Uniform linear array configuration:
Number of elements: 4
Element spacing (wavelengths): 0.75
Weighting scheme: binomial
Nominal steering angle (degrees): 45
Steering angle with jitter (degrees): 43.995
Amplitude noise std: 0.05
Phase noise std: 0.05

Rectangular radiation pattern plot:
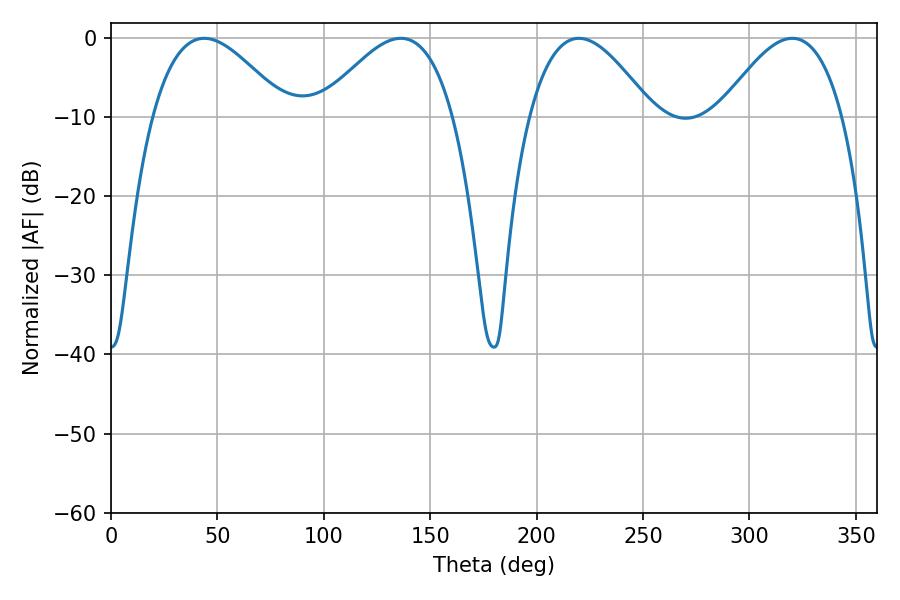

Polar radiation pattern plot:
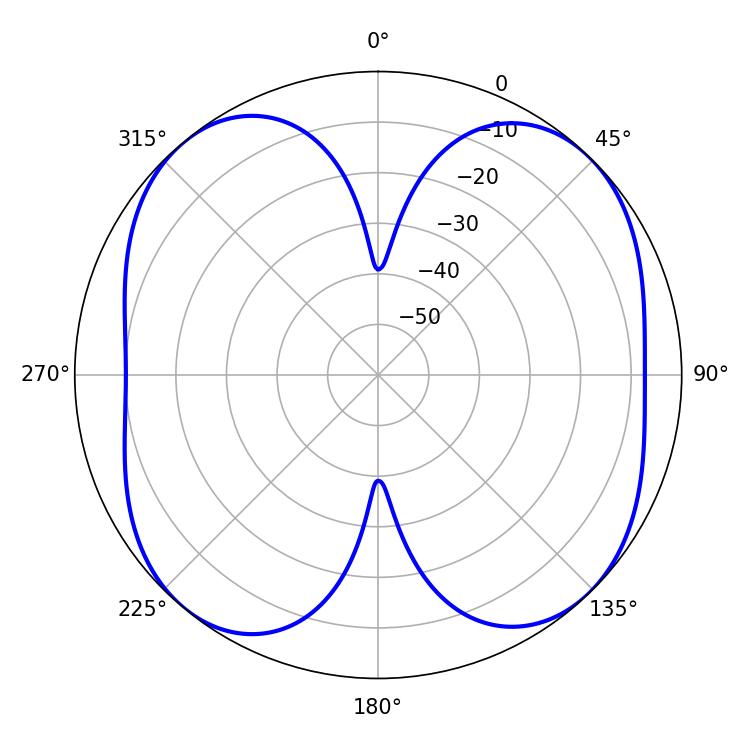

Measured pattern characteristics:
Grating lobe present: TRUE
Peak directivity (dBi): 11.681
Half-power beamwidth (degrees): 34.2
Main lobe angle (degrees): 43.74